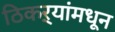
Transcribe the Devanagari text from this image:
ठिकऱ्यांमधून